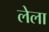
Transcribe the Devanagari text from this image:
लेला